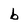
Character: b